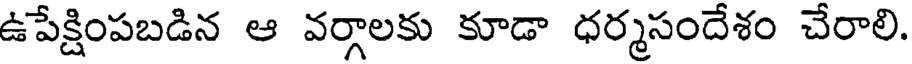
ఉపేక్షింపబడిన ఆ వర్గాలకు కూడా ధర్మసందేశం చేరాలి.